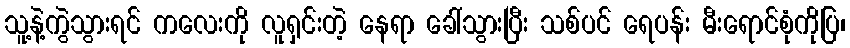
သူ့နဲ့ကွဲသွားရင် ကလေးကို လူရှင်းတဲ့ နေရာ ခေါ်သွားပြီး သစ်ပင် ရေပန်း မီးရောင်စုံကိုပြ၊